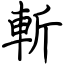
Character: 斬